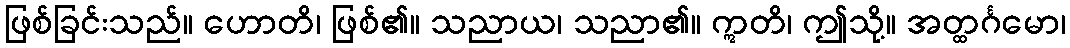
ဖြစ်ခြင်းသည်။ ဟောတိ၊ ဖြစ်၏။ သညာယ၊ သညာ၏။ ဣတိ၊ ဤသို့။ အတ္ထင်္ဂမော၊